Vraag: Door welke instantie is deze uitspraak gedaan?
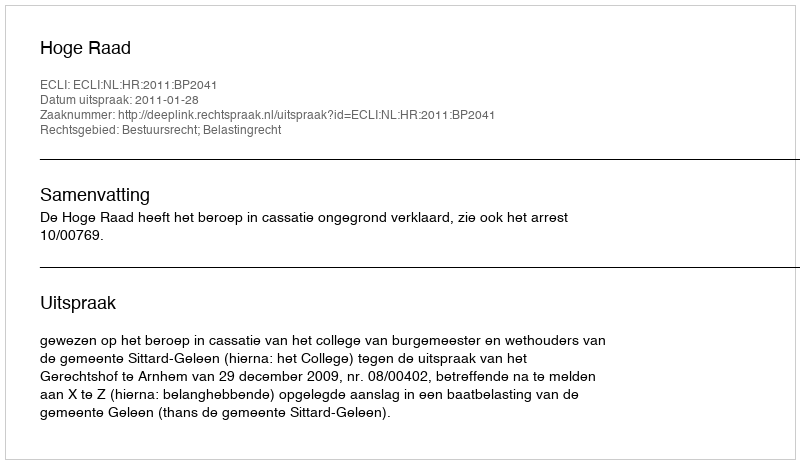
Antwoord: Hoge Raad